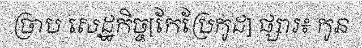
ច្រាប សេដ្ឋកិច្ច[កែប្រែកូដ] ផ្សារ៖ កូន